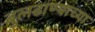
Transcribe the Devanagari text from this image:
बुलढाण्याच्या